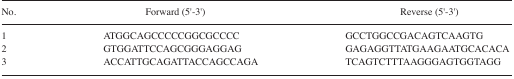
| No. | Forward (5′-3′) | Reverse (5′-3′) |
 | --- | --- | --- |
 | 1 | ATGGCAGCCCCCGGCGCCCC | GCCTGGCCGACAGTCAAGTG |
 | 2 | GTGGATTCCAGCGGGAGGAG | GAGAGGTTATGAAGAATGCACACA |
 | 3 | ACCATTGCAGATTACCAGCCAGA | TCAGTCTTTAAGGGAGTGGTAGG |